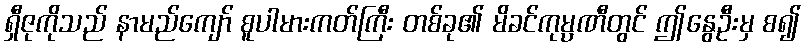
ရှီဇုကိုသည် နာမည်ကျော် စူပါမားကတ်ကြီး တစ်ခု၏ မိခင်ကုမ္ပဏီတွင် ဤနွေဦးမှ စ၍